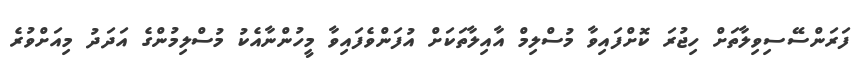
ފަރަންސޭސިވިލާތަށް ހިޖުރަ ކޮށްފައިވާ މުސްލިމް އާއިލާތަކަށް އުފަންވެފައިވާ މީހުންނާއެކު މުސްލިމުންގެ އަދަދު މިއަށްވުރެ